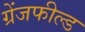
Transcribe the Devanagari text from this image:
ग्रेंजफील्ड